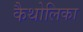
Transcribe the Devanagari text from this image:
कैथोलिका